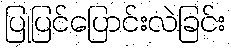
ပြုပြင်ပြောင်းလဲခြင်း